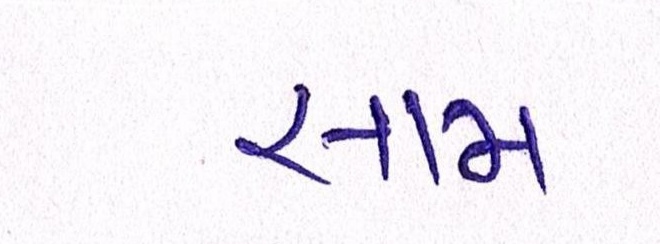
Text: સામ